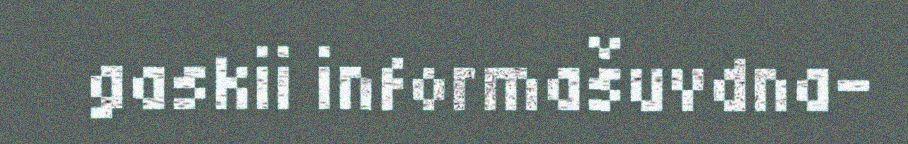
gaskii informašuvdna-